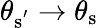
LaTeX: \theta_{\mathrm{{s}^{'}}}\to\theta_{\mathrm{{s}}}